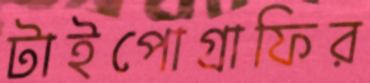
টাইপোগ্রাফির